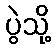
ပွဲသို့